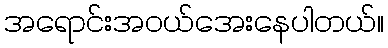
အရောင်းအဝယ်အေးနေပါတယ်။